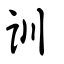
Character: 訓